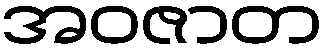
အဝဇာတ